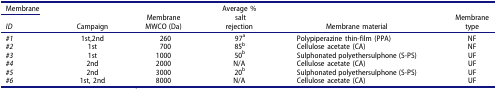
<table><thead><tr><td><b>Membrane</b></td><td rowspan="2"><b>Campaign</b></td><td rowspan="2"><b>Membrane MWCO (Da)</b></td><td rowspan="2"><b>Average % salt rejection</b></td><td rowspan="2"><b>Membrane material</b></td><td rowspan="2"><b>Membrane type</b></td></tr><tr><td><b><i>ID</i></b></td></tr></thead><tbody><tr><td><i>#1</i></td><td>1st,2nd</td><td>260</td><td>97<sup>a</sup></td><td>Polypiperazine thin-film (PPA)</td><td>NF</td></tr><tr><td><i>#2</i></td><td>1st</td><td>700</td><td>85<sup>b</sup></td><td>Cellulose acetate (CA)</td><td>NF</td></tr><tr><td><i>#3</i></td><td>1st</td><td>1000</td><td>50<sup>b</sup></td><td>Sulphonated polyethersulphone (S-PS)</td><td>UF</td></tr><tr><td><i>#4</i></td><td>2nd</td><td>2000</td><td>N/A</td><td>Cellulose acetate (CA)</td><td>UF</td></tr><tr><td><i>#5</i></td><td>2nd</td><td>3000</td><td>20<sup>b</sup></td><td>Sulphonated polyethersulphone (S-PS)</td><td>UF</td></tr><tr><td><i>#6</i></td><td>1st, 2nd</td><td>8000</td><td>N/A</td><td>Cellulose acetate (CA)</td><td>UF</td></tr></tbody></table>